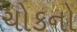
ચોકનો